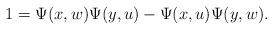
LaTeX: \begin{align*} 1 = \Psi(x,w)\Psi(y,u) - \Psi(x,u)\Psi(y,w).\end{align*}